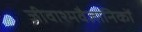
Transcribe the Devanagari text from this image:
जीवाश्मवैज्ञानिकों